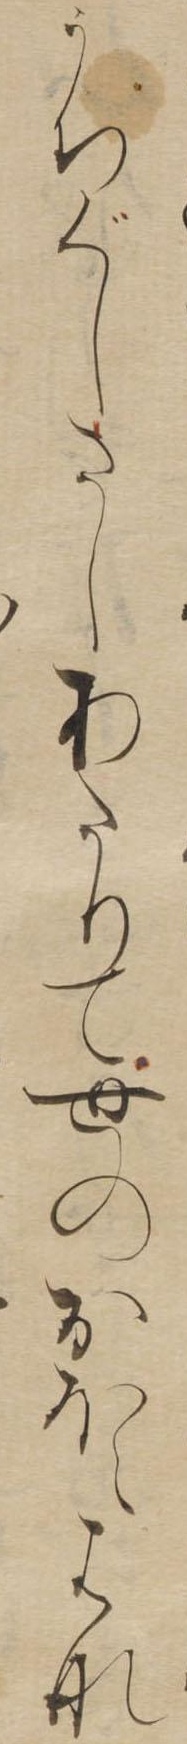
うちぐしさしあたりて世のおほえはな